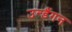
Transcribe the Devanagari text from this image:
उन्डैंगन